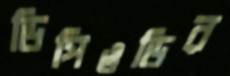
ডিপিওডির